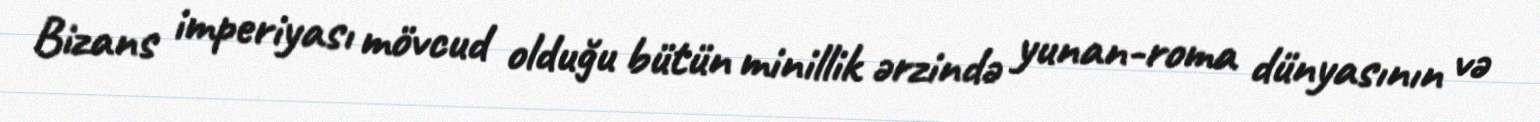
Bizans imperiyası mövcud olduğu bütün minillik ərzində yunan-roma dünyasının və